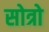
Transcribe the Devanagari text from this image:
सोत्रो